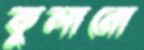
কুলানো